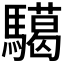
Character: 𩦞